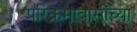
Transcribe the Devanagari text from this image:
परिक्रमावासींच्या